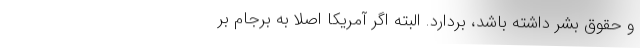
و حقوق بشر داشته باشد، بردارد. البته اگر آمریکا اصلاً به برجام بر